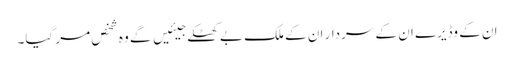
ان کے وڈیرے ان کے سردار ان کے ملک بے کھٹکے جیئیں گے وہ شخص مر گیا۔